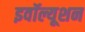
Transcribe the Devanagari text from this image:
इवॉल्यूशन